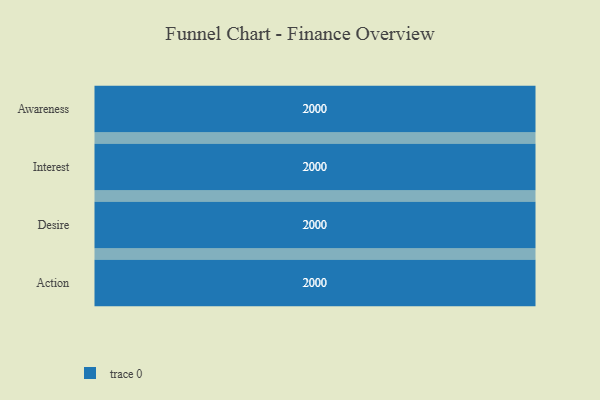
{"axis": {"x": "Stage", "y": "Value"}, "legend": [""], "data": [{"x": "Awareness", "y": 2000, "type": ""}, {"x": "Interest", "y": 2000, "type": ""}, {"x": "Desire", "y": 2000, "type": ""}, {"x": "Action", "y": 2000, "type": ""}]}